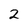
Character: 2